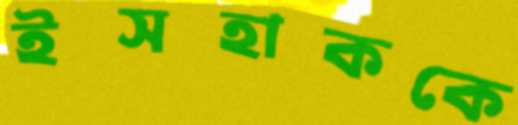
ইসহাককে